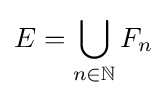
E=\bigcup _{n\in \mathbb {N} }F_{n}